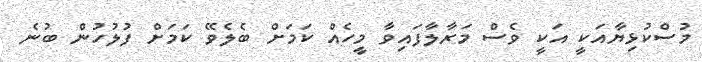
މުސްކުޅިޔާއަކީ އަކީ ވެސް މަރާލާފައިވާ މީހެއް ކަމަށް ބެލެވޭ ކަމަށް ފުލުހުން ބުނެ